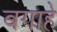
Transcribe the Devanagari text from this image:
बगाहे